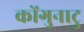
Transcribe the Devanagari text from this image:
कोंगुनाटु